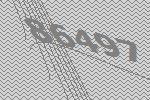
86497